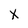
Character: X